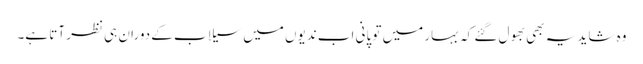
وہ شاید یہ بھی بھول گئے کہ بہار میں تو پانی اب ندیوں میں سیلاب کے دوران ہی نظر آتا ہے۔